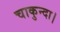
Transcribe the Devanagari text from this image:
चाकुन्दा।